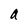
Character: a